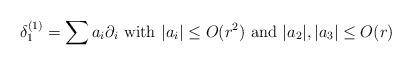
LaTeX: \begin{align*}\delta_1^{(1)}=\sum a_i\partial_i\mbox{ with }|a_i|\leq O(r^2)\mbox{ and }|a_2|, |a_3|\leq O(r)\end{align*}